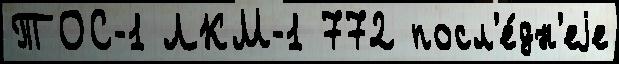
ТОС-1 ЛКМ-1 772 посл'е́дн'еjе